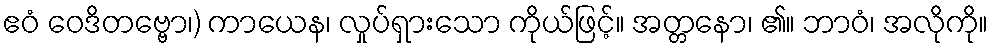
ဧဝံ ဝေဒိတဗ္ဗော၊) ကာယေန၊ လှုပ်ရှားသော ကိုယ်ဖြင့်။ အတ္တနော၊ ၏။ ဘာဝံ၊ အလိုကို။